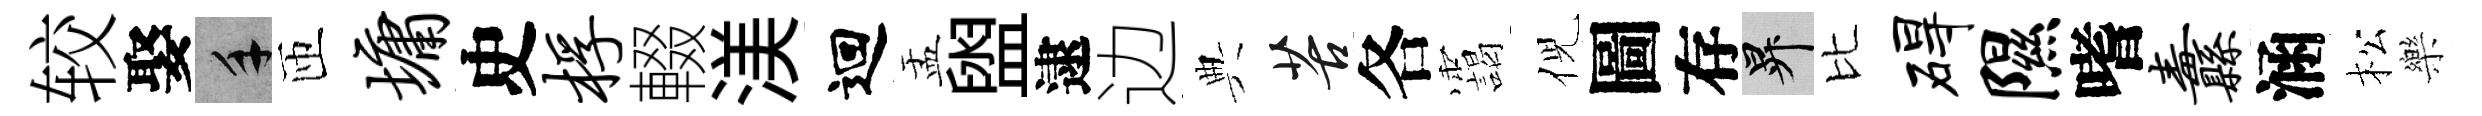
较娶手匝墉史桴輟渼迴盂盥逮边典苦各靄倪圖存升比碍隰嗜纛涵松樂